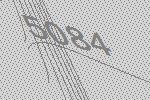
5084